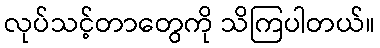
လုပ်သင့်တာတွေကို သိကြပါတယ်။